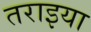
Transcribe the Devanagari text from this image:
तराइया